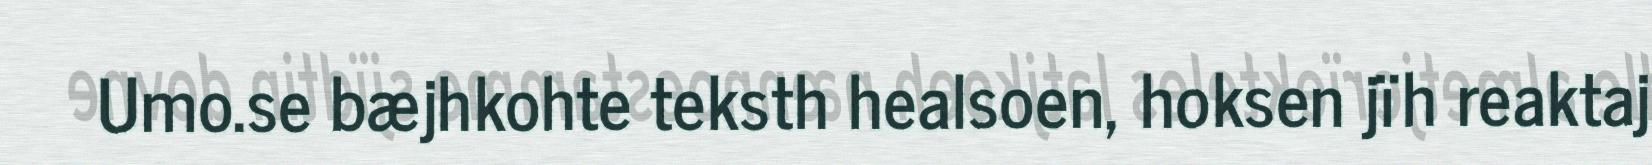
Umo.se bæjhkohte teksth healsoen, hoksen jïh reaktaj